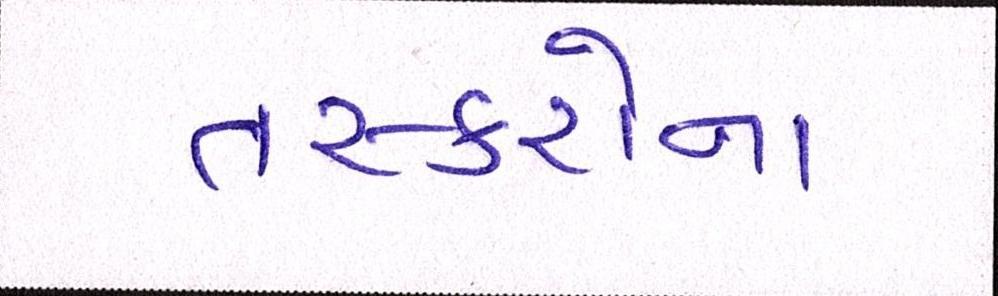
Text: તસ્કરોના